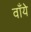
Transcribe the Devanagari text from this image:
वाँये